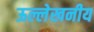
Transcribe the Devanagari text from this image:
ऊल्लेखनीय